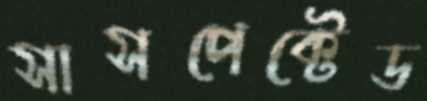
সাসপেক্টেড